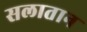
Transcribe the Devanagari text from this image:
सलातान